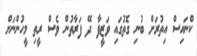
ކްނައިސް އިތުރަށް ބުނި ގޮތުގައި ވަޒީފާ ދޭ ފަރާތުން ވެސް ރީތި މީހުންނަށް